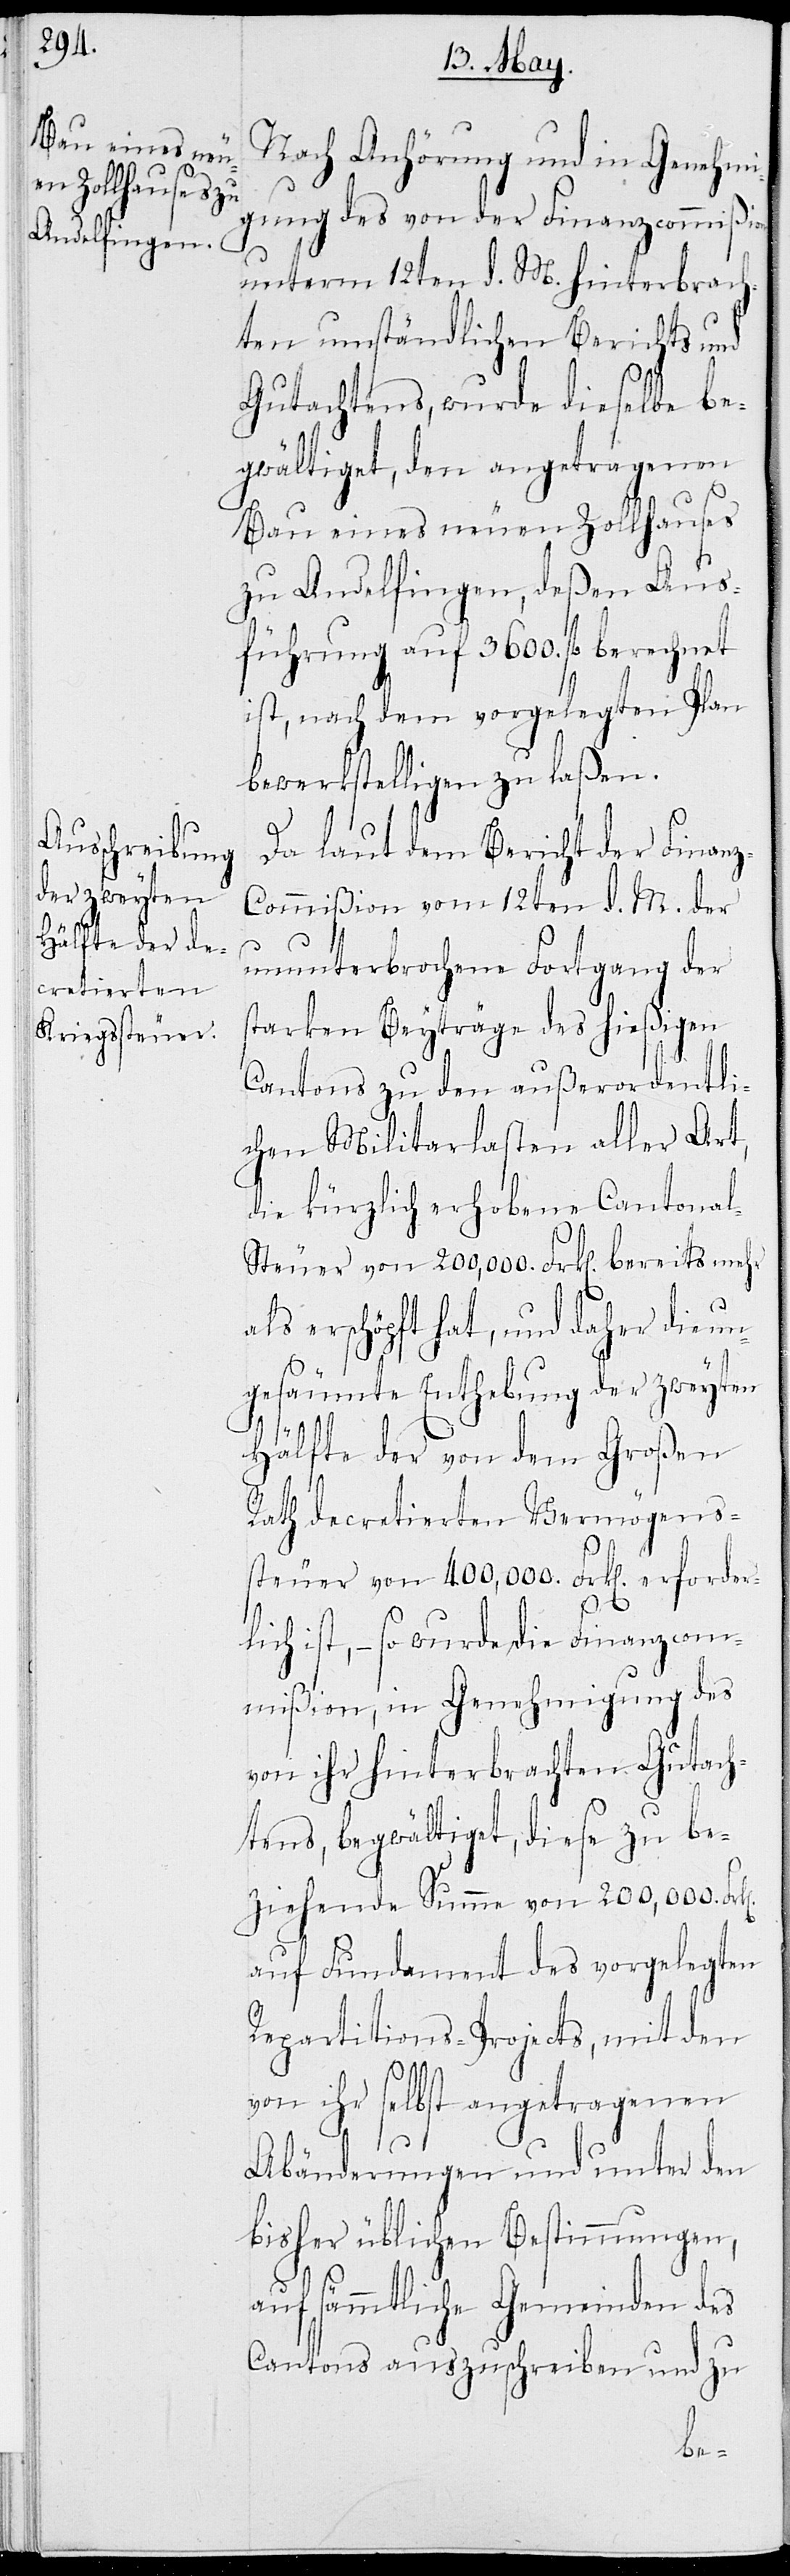
Nach Anhörung und in Genehmi¬
gung des von der Finanzcommißion
unterm 12ten d. M. hinterbrach¬
ten umständlichen Berichts und
Gutachtens, wurde dieselbe be¬
gwältiget, den angetragenen
Bau eines neuen Zollhauses
zu Andelfingen, deßen Aus¬
führung auf 3600. fl berechnet
ist, nach dem vorgelegten Plan
bewerkstelligen zu laßen.
Da laut dem Bericht der Finan¬
z-Commißion vom 12ten d. M. der
ununterbrochene Fortgang der
starken Beyträge des hießigen
Cantons zu den außerordentli¬
chen Militarlasten aller Art,
die kürzlich erhobene Cantona¬
l-Steuer von 200,000. Frk. bereits mehr
als erschöpft hat, und daher die un¬
gesäumte Enthebung der zweyten
Hälfte der von dem Großen
Rath decretierten Vermögens¬
steuer von 400,000. Frk. erforder¬
lich ist, – so wurde die Finanzcom¬
mißion, in Genehmigung des
von ihr hinterbrachten Gutach¬
tens, begwältiget, diese zu be¬
ziehende Summe von 200,000. Frk.
auf Fundament des vorgelegten
Repartitions-Projects, mit den
von ihr selbst angetragenen
Abänderungen und unter den
bisher üblichen Bestimmungen,
auf sämmtliche Gemeinden des
Cantons auszuschreiben und zu